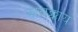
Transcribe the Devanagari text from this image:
झालंक्काय